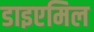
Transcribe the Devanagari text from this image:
डाइएमिल